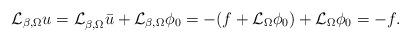
LaTeX: \begin{align*} \mathcal L_{\beta,\Omega} u =\mathcal L_{\beta,\Omega}^{}\bar u+\mathcal L_{\beta,\Omega}\phi_0=-(f+\mathcal L_\Omega \phi_0)+\mathcal L_{\Omega}\phi_0=-f.\end{align*}